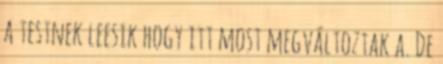
a testnek leesik hogy itt most megváltoztak a. De